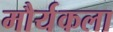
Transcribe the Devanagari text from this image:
मौर्यकला